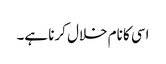
اسی کا نام خلال کرنا ہے۔